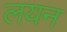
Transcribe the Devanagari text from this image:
लयन